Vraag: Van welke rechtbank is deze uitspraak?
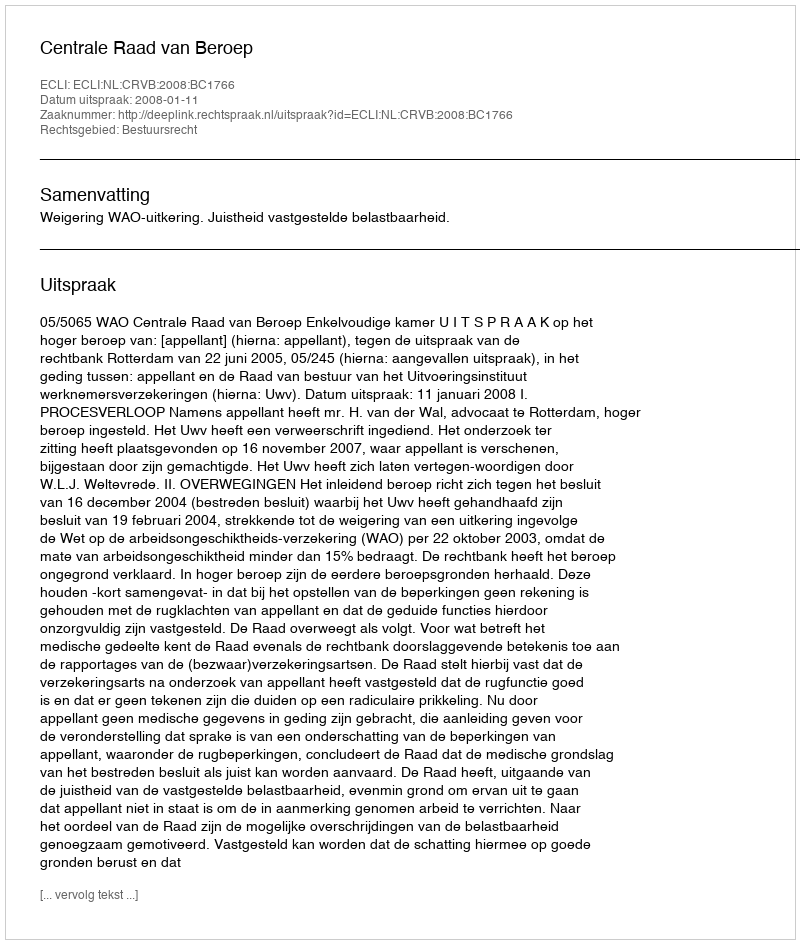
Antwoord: Centrale Raad van Beroep